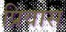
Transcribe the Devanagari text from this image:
प्रिवास